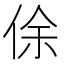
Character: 俆